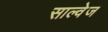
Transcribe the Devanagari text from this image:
साल्वेज